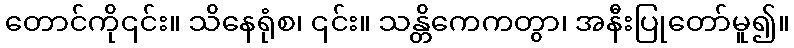
တောင်ကို၎င်း။ သိနေရုံစ၊ ၎င်း။ သန္တိကေကတွာ၊ အနီးပြုတော်မူ၍။